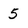
Character: 5